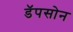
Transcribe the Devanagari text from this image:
डॅपसोन